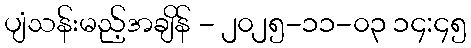
ပျံသန်းမည့်အချိန် - ၂၀၂၅-၁၁-၀၃ ၁၄:၄၅